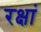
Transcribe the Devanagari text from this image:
रक्षां